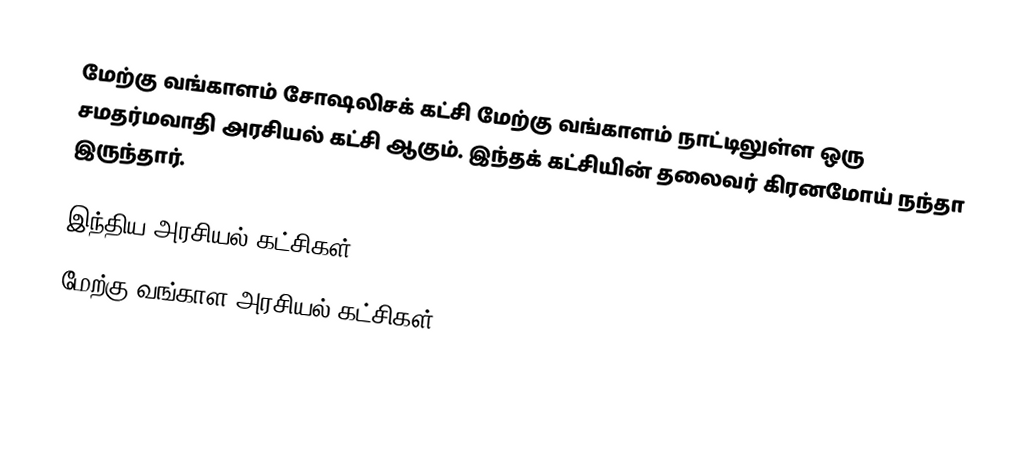
மேற்கு வங்காளம் சோஷலிசக் கட்சி மேற்கு வங்காளம் நாட்டிலுள்ள ஒரு சமதர்மவாதி அரசியல் கட்சி ஆகும். இந்தக் கட்சியின் தலைவர் கிரனமோய் நந்தா இருந்தார்.

இந்திய அரசியல் கட்சிகள்
மேற்கு வங்காள அரசியல் கட்சிகள்